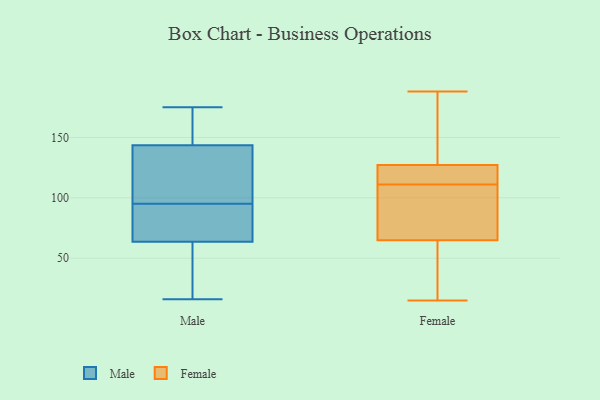
{"axis": {"x": "Shipments", "y": "Value"}, "legend": ["Female", "Male"], "data": [{"x": "", "y": 161, "type": "Male"}, {"x": "", "y": 76, "type": "Male"}, {"x": "", "y": 91, "type": "Male"}, {"x": "", "y": 73, "type": "Male"}, {"x": "", "y": 174, "type": "Male"}, {"x": "", "y": 16, "type": "Male"}, {"x": "", "y": 131, "type": "Male"}, {"x": "", "y": 156, "type": "Male"}, {"x": "", "y": 16, "type": "Male"}, {"x": "", "y": 67, "type": "Male"}, {"x": "", "y": 111, "type": "Male"}, {"x": "", "y": 99, "type": "Male"}, {"x": "", "y": 60, "type": "Male"}, {"x": "", "y": 100, "type": "Male"}, {"x": "", "y": 60, "type": "Male"}, {"x": "", "y": 175, "type": "Male"}, {"x": "", "y": 103, "type": "Female"}, {"x": "", "y": 70, "type": "Female"}, {"x": "", "y": 168, "type": "Female"}, {"x": "", "y": 111, "type": "Female"}, {"x": "", "y": 188, "type": "Female"}, {"x": "", "y": 27, "type": "Female"}, {"x": "", "y": 125, "type": "Female"}, {"x": "", "y": 153, "type": "Female"}, {"x": "", "y": 115, "type": "Female"}, {"x": "", "y": 99, "type": "Female"}, {"x": "", "y": 63, "type": "Female"}, {"x": "", "y": 128, "type": "Female"}, {"x": "", "y": 117, "type": "Female"}, {"x": "", "y": 55, "type": "Female"}, {"x": "", "y": 15, "type": "Female"}]}